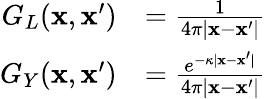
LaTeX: \begin{array}{rl}{G_{L}(\mathbf{x},\mathbf{x}^{\prime})}&{=\frac{1}{4\pi|\mathbf{x}-\mathbf{x}^{\prime}|}}\\ {G_{Y}(\mathbf{x},\mathbf{x}^{\prime})}&{=\frac{e^{-\kappa|\mathbf{x}-\mathbf{x}^{\prime}|}}{4\pi|\mathbf{x}-\mathbf{x}^{\prime}|}}\end{array}